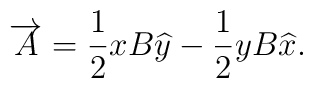
\overrightarrow{A}=\frac{1}{2}xB\widehat{y}-\frac{1}{2}yB\widehat{x}.